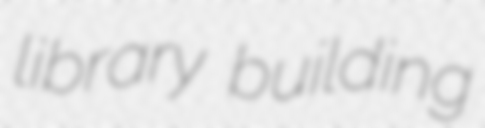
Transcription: library building